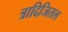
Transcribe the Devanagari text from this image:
त्रादिजितल